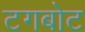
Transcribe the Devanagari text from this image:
टगबोट